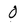
Character: 0